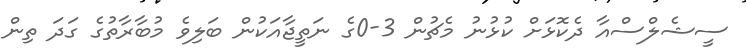
ސީޝެލްސްއާ ދެކޮޅަށް ކުޅުނު މެޗުން 3-0ގެ ނަތީޖާއަކުން ބަލިވެ މުބާރާތުގެ ގަދަ ތިން